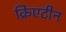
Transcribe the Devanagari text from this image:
क्रिएटीन